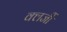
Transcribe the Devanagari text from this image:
क्लर्जी